Vaccination United Provinces of Agra and Oudh 1914-1922 - 1914-1922
Year: 1914
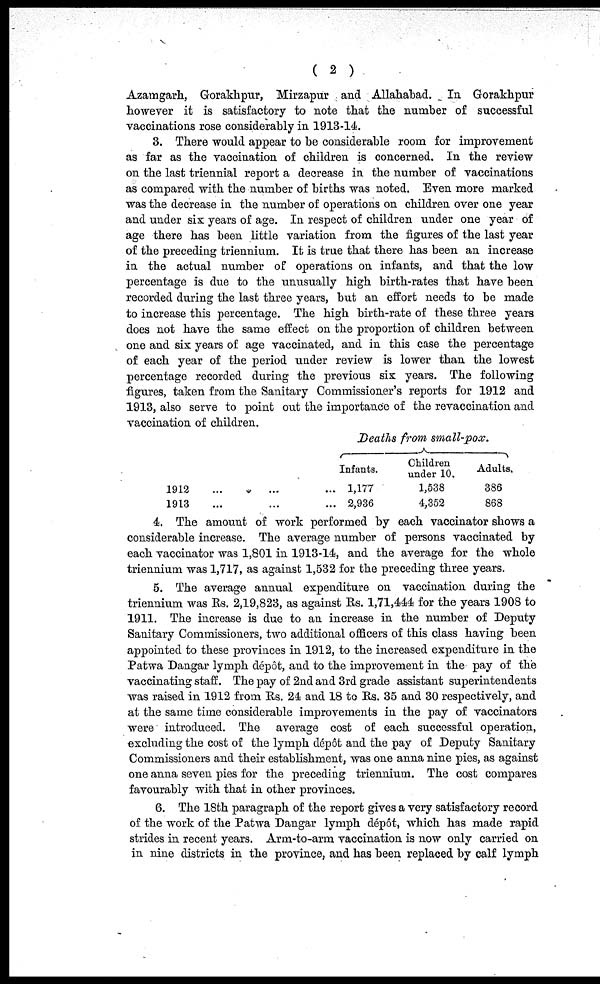
( 2 )
Azamgarh, Gorakhpur, Mirzapur and Allahabad. In Gorakhpur
however it is satisfactory to note that the number of successful
vaccinations rose considerably in 1913-14.
3. There would appear to be considerable room for improvement
as far as the vaccination of children is concerned. In the review
on the last triennial report a decrease in the number of vaccinations
as compared with the number of births was noted. Even more marked
was the decrease in the number of operations on children over one year
and under six years of age. In respect of children under one year of
age there has been little variation from the figures of the last year
of the preceding triennium. It is true that there has been an increase
in the actual number of operations on infants, and that the low
percentage is due to the unusually high birth-rates that have been
recorded during the last three years, but an effort needs to be made
to increase this percentage. The high birth-rate of these three years
does not have the same effect on the proportion of children between
one and six years of age vaccinated, and in this case the percentage
of each year of the period under review is lower than the lowest
percentage recorded during the previous six years. The following
figures, taken from the Sanitary Commissioner's reports for 1912 and
1913, also serve to point out the importance of the revaccination and
vaccination of children.
1912
1913
Deaths from small-pox.
Infants.
1,177
2,936
Children
under 10.
1,538
4,352
Adults.
386
868
4. The amount of work performed by each vaccinator shows a
considerable increase. The average number of persons vaccinated by
each vaccinator was 1,801 in 1913-14, and the average for the whole
triennium was 1,717, as against 1,532 for the preceding three years.
5. The average annual expenditure on vaccination during the
triennium was Rs. 2,19,823, as against Rs. 1,71,444 for the years 1908 to
1911. The increase is due to an increase in the number of Deputy
Sanitary Commissioners, two additional officers of this class having been
appointed to these provinces in 1912, to the increased expenditure in the
Patwa Dangar lymph dépôt, and to the improvement in the pay of the
vaccinating staff. The pay of 2nd and 3rd grade assistant superintendents
was raised in 1912 from Rs. 24 and 18 to Rs. 35 and 30 respectively, and
at the same time considerable improvements in the pay of vaccinators
were introduced. The average cost of each successful operation,
excluding the cost of the lymph dépôt and the pay of Deputy Sanitary
Commissioners and their establishment, was one anna nine pies, as against
one anna seven pies for the preceding triennium. The cost compares
favourably with that in other provinces.
6. The 18th paragraph of the report gives a very satisfactory record
of the work of the Patwa Dangar lymph dépôt, which has made rapid
strides in recent years. Arm-to-arm vaccination is now only carried on
in nine districts in the province, and has been replaced by calf lymph